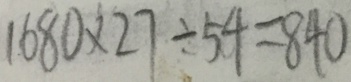
1 6 8 0 \times 2 7 \div 5 4 = 8 4 0